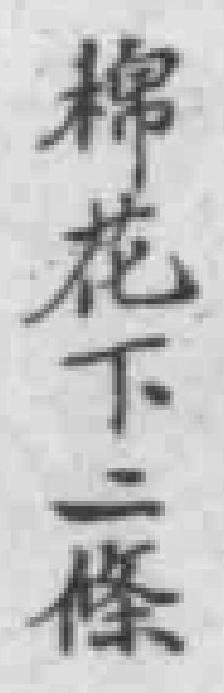
棉花下二條